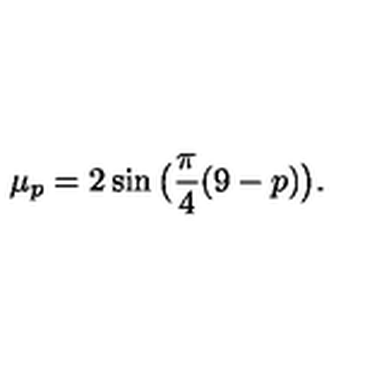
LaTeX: \mu _ { p } = 2 \sin \big ( \frac { \pi } { 4 } ( 9 - p ) \big ) .